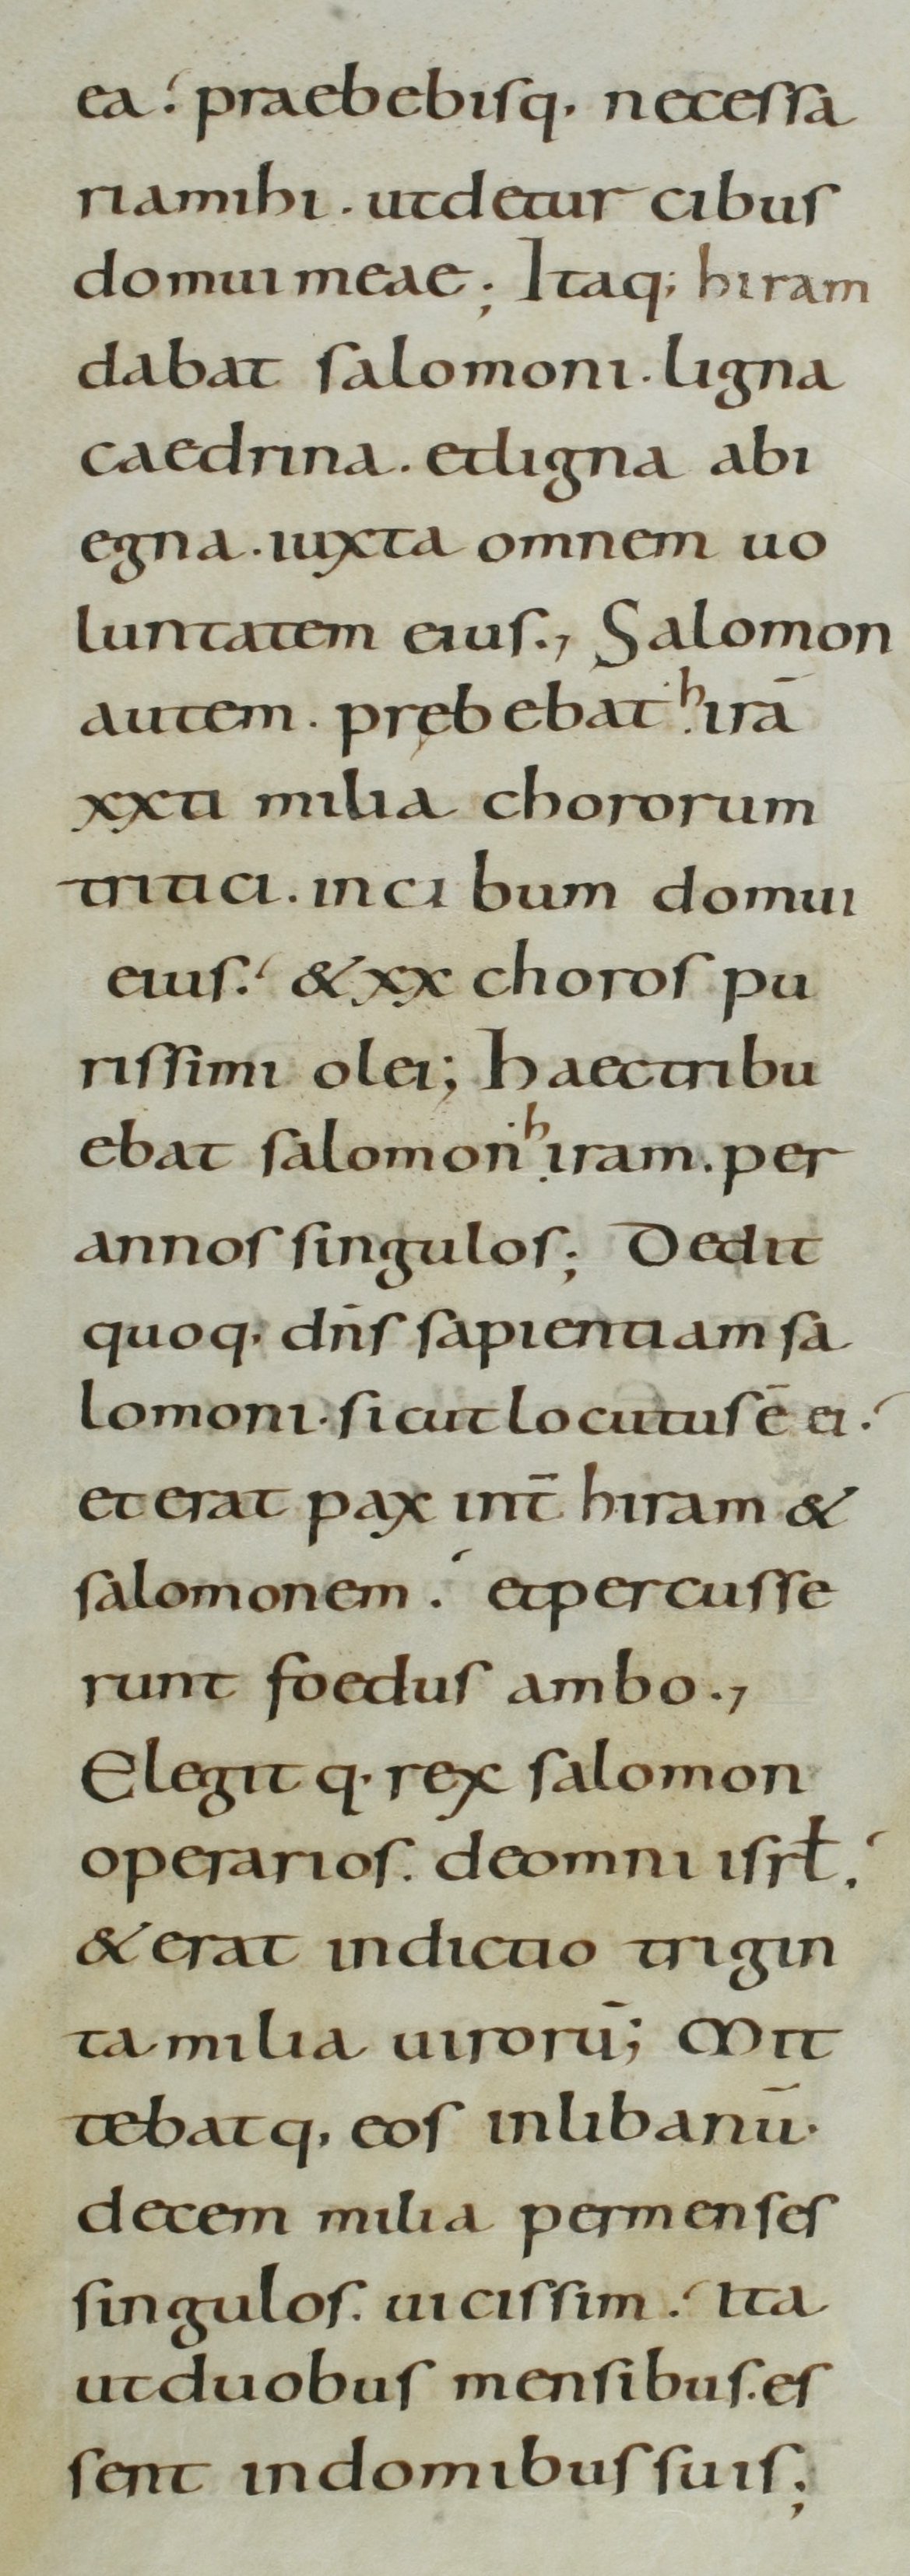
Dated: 800–899